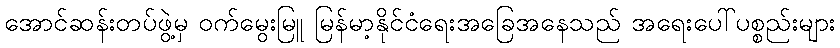
အောင်ဆန်းတပ်ဖွဲ့မှ ဝက်မွေးမြူ မြန်မာ့နိုင်ငံရေးအခြေအနေသည် အရေးပေါ်ပစ္စည်းများ